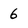
Character: 6